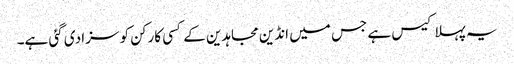
یہ پہلا کیس ہے جس میں انڈین مجاہدین کے کسی کارکن کو سزا دی گئی ہے۔